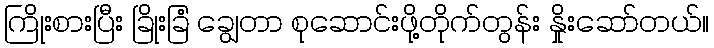
ကြိုးစားပြီး ခြိုးခြံ ချွေတာ စုဆောင်းဖို့တိုက်တွန်း နှိုးဆော်တယ်။